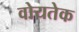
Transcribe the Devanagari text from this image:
वोयतेक